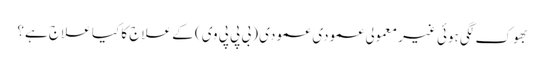
بھوک لگی ہوئی غیر معمولی عمودی عمودی (بی پی پی وی) کے علاج کا کیا علاج ہے؟